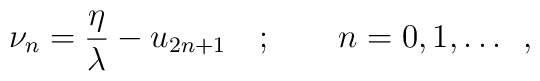
\nu _{n}=\frac{\eta }{\lambda }-u_{2n+1}\quad ;\qquad n=0,1,\dots \, \, \, ,